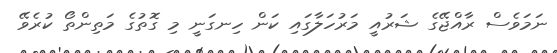
ނަމަވެސް ރާއްޖޭގެ ޝަރުއީ މަރުހަލާގައި ކަން ހިނގަނީ މި ގޮތުގެ މަތިންތޯ ކުރެވޭ